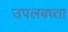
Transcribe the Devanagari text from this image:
उपलबध्ता